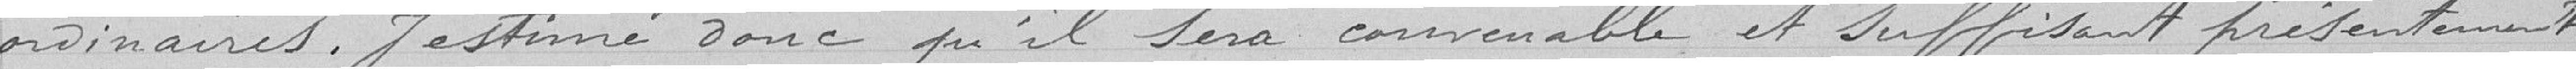
ordinaires. J'estime donc qu'il sera convenable et suffisant présentement